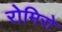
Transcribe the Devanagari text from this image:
रोमिरो